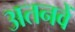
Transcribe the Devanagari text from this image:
अतनवें